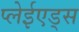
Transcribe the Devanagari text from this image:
प्लेईएड्स